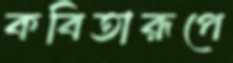
কবিতারূপে